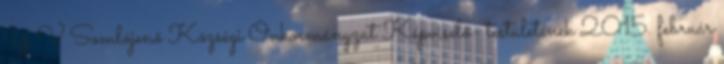
Y V Somlójenő Községi Önkormányzat Képviselő- testületének 2015. február